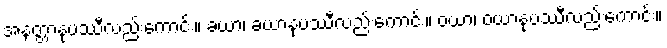
အနတ္တာနုပဿီလည်းကောင်း။ ခယာ၊ ခယာနုပဿီလည်းကောင်း။ ဝယာ၊ ဝယာနုပဿီလည်းကောင်း။